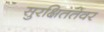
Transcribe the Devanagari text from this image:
सुरक्षिततेवर